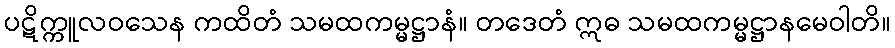
ပဋိက္ကူလဝသေန ကထိတံ သမထကမ္မဋ္ဌာနံ။ တဒေတံ ဣဓ သမထကမ္မဋ္ဌာနမေဝါတိ။